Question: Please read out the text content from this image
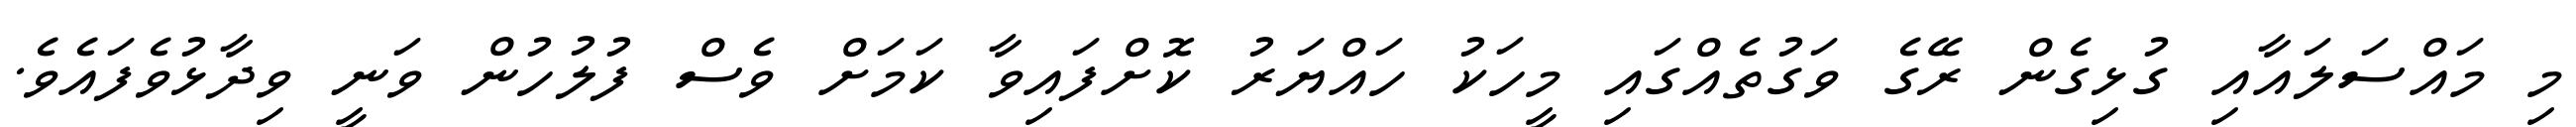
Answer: މި މައްސަލައާއި ގުޅިގެން ރޭގެ ވަގުތެއްގައި މީހަކު ހައްޔަރު ކޮށްފައިވާ ކަމަށް ވެސް ފުލުހުން ވަނީ ވިދާޅުވެފައެވެ.